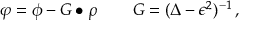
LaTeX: \varphi = \phi - G \bullet \rho \, \qquad G = ( \Delta - \epsilon ^ { 2 } ) ^ { - 1 } \, ,